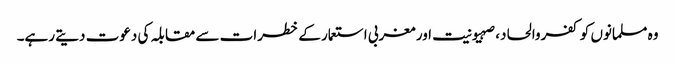
وہ مسلمانوں کو کفروالحاد، صہیونیت اور مغربی استعمار کے خطرات سے مقابلہ کی دعوت دیتے رہے۔